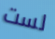
لست